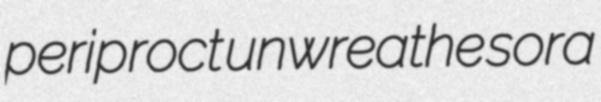
periproct unwreathe sora